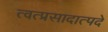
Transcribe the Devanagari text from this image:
त्वत्प्रसादात्पदे